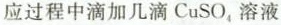
应过程中滴加几滴CuSO_{4}溶液